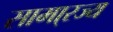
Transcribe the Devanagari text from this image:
सामा्रज्य